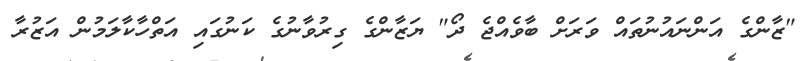
"ޒާންގެ އަންނައުނުތައް ވަރަށް ބާވެއްޖެ ދޯ" ޔަޒާންގެ ގިރުވާނުގެ ކަނުގައި އަތްހާކާލަމުން އަޒުރާ